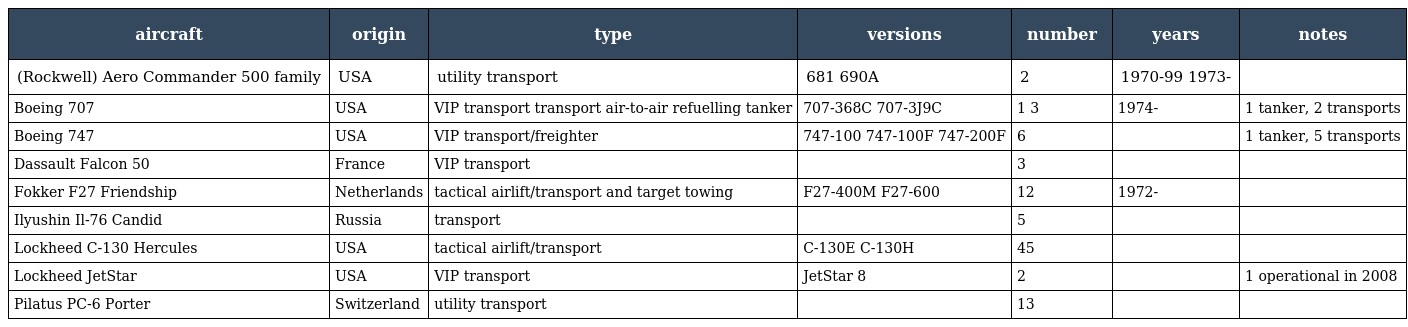
| aircraft | origin | type | versions | number | years | notes |
 | --- | --- | --- | --- | --- | --- | --- |
 | (Rockwell) Aero Commander 500 family | USA | utility transport | 681 690A | 2 | 1970-99 1973- |  |
 | Boeing 707 | USA | VIP transport transport air-to-air refuelling tanker | 707-368C 707-3J9C | 1 3 | 1974- | 1 tanker, 2 transports |
 | Boeing 747 | USA | VIP transport/freighter | 747-100 747-100F 747-200F | 6 |  | 1 tanker, 5 transports |
 | Dassault Falcon 50 | France | VIP transport |  | 3 |  |  |
 | Fokker F27 Friendship | Netherlands | tactical airlift/transport and target towing | F27-400M F27-600 | 12 | 1972- |  |
 | Ilyushin Il-76 Candid | Russia | transport |  | 5 |  |  |
 | Lockheed C-130 Hercules | USA | tactical airlift/transport | C-130E C-130H | 45 |  |  |
 | Lockheed JetStar | USA | VIP transport | JetStar 8 | 2 |  | 1 operational in 2008 |
 | Pilatus PC-6 Porter | Switzerland | utility transport |  | 13 |  |  |